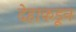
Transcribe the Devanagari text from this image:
देहाकडून